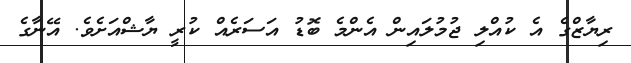
ރިޔާޒްގެ އެ ކުއްލި ޖުމުލައިން އެންމެ ބޮޑު އަސަރެއް ކުރީ ޔާޝްއަށެވެ. އޭނާގެ